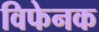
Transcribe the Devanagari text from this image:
विफेनक